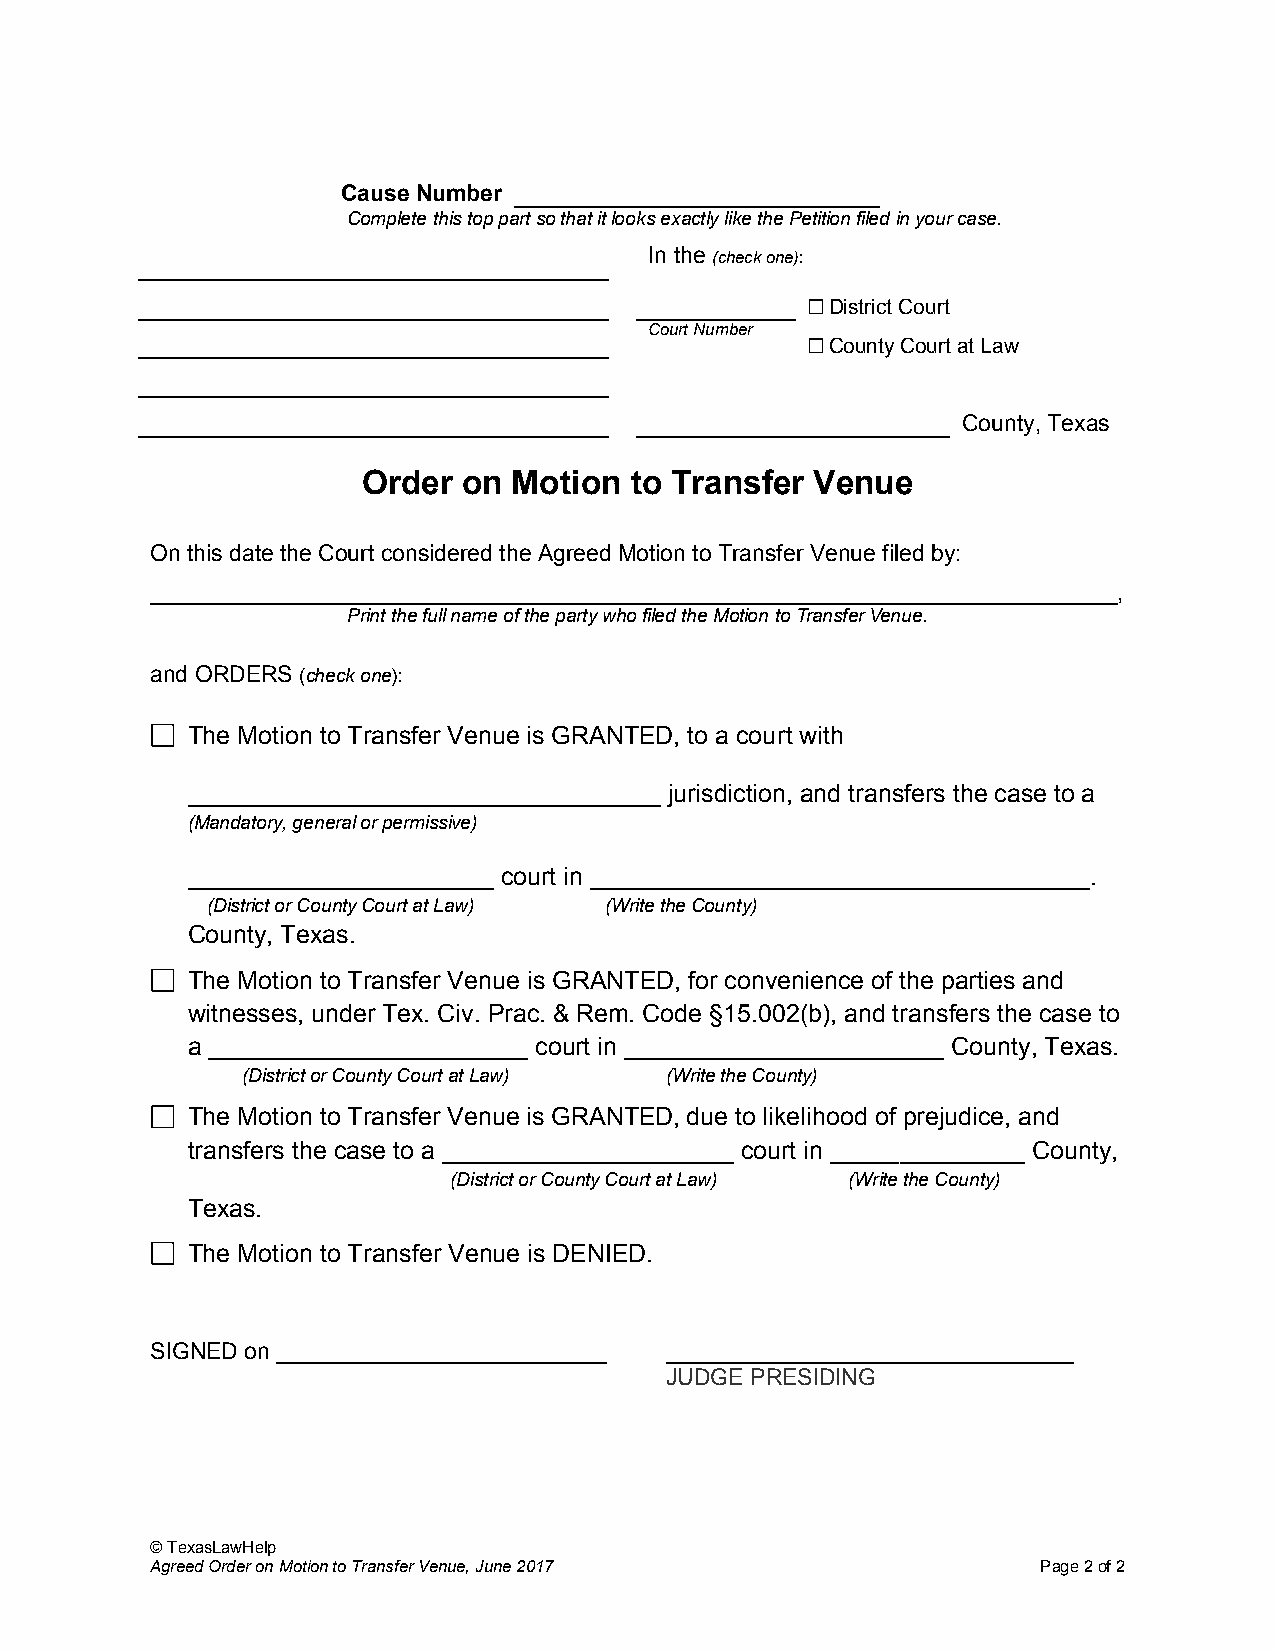
Cause Number
 Complete this top part so that it looks exactly like the Petition filed in your case.
 In the (check one):
 ☐ District Court
 Court Number
 ☐ County Court at Law
 County, Texas
 Order  on Motion  to Transfer Venue
 On this date the Court considered the Agreed Motion to Transfer Venue filed by:
 ____________________________________________________________________________,
 Print the full name of the party who filed the Motion to Transfer Venue.
 and ORDERS (check one):
 The Motion to Transfer Venue is GRANTED, to a court with
 __________________________________ jurisdiction, and transfers the case to a
 (Mandatory, general or permissive)
 ______________________ court in ____________________________________.
 (District or County Court at Law) (Write the County)
 County, Texas.
 The Motion to Transfer Venue is GRANTED, for convenience of the parties and
 witnesses, under Tex. Civ. Prac. & Rem. Code §15.002(b), and transfers the case to
 a _______________________ court in _______________________ County, Texas.
 (District or County Court at Law) (Write the County)
 The Motion to Transfer Venue is GRANTED, due to likelihood of prejudice, and
 transfers the case to a _____________________ court in ______________ County,
 (District or County Court at Law) (Write the County)
 Texas.
 The Motion to Transfer Venue is DENIED.
 SIGNED on __________________________ ________________________________
 JUDGE PRESIDING
 © TexasLawHelp
 Agreed Order on Motion to Transfer Venue, June 2017        Page 2 of 2